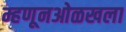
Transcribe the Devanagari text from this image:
म्हणूनओळखला